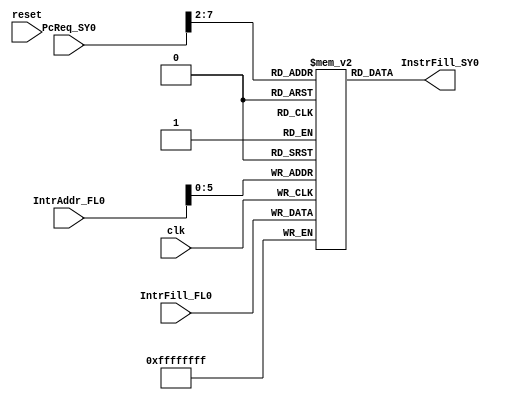
module system ( 
    input clk, 
    input reset,
    input [31:0] IntrAddr_FL0, 
    input [31:0] IntrFill_FL0, 
    input  [31:0] PcReq_SY0, 
    output [31:0] InstrFill_SY0);
    
    reg [31:0] RAM[63:0];
    //initial
    //    $readmemh( "m.dat" , RAM );

    always @(posedge clk)
        RAM[IntrAddr_FL0[5:0]] <= IntrFill_FL0[31:0]; 

    assign InstrFill_SY0 = RAM[PcReq_SY0[7:2]];
endmodule